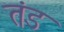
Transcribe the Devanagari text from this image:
तंड